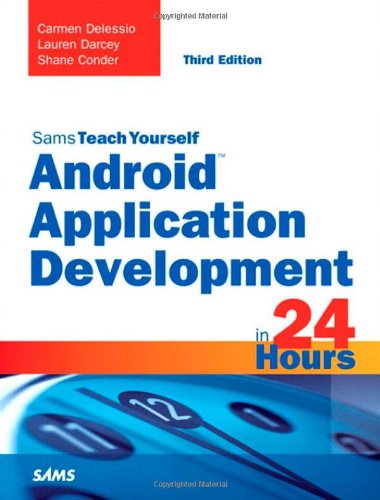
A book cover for Android Application Development in 24 Hours, Sams Teach Yourself (3rd Edition) (Sams Teach Yourself -- Hours); Carmen Delessio; Computers & Technology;